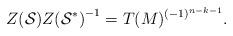
LaTeX: \begin{align*}{Z({\cal S})}{Z({\cal S}^*)}^{-1} = T(M)^{(-1)^{n-k-1}}.\end{align*}